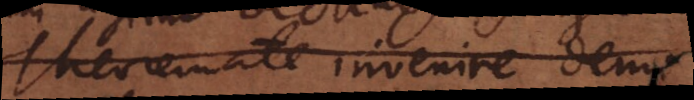
Theoremate invenire dem